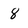
Character: 8